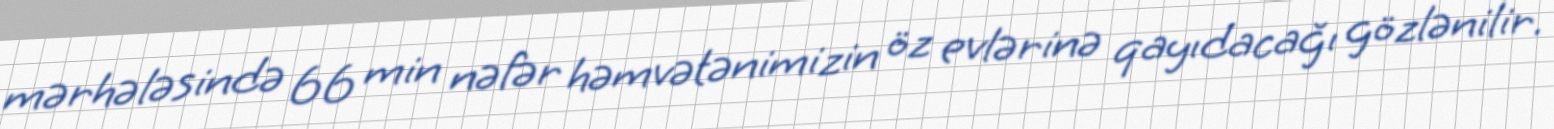
mərhələsində 66 min nəfər həmvətənimizin öz evlərinə qayıdacağı gözlənilir.